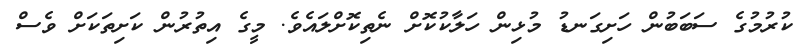
ކުރުމުގެ ސަބަބުން ހަށިގަނޑު މުޅިން ހަލާކުކޮށް ނެތިކޮށްލައެވެ. މީގެ އިތުރުން ކަށިތަކަށް ވެސް